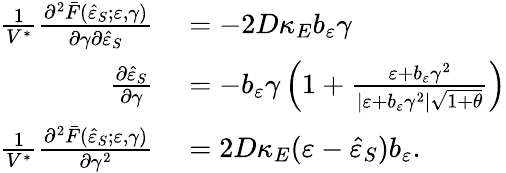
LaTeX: \begin{array}{rl}{\frac{1}{V^{\ast}}\frac{\partial^{2}\bar{F}(\hat{\varepsilon}_{S};\varepsilon,\gamma)}{\partial\gamma\partial\hat{\varepsilon}_{S}}}&{{}=-2D\kappa_{E}b_{\varepsilon}\gamma}\\ {\frac{\partial\hat{\varepsilon}_{S}}{\partial\gamma}}&{{}=-b_{\varepsilon}\gamma\left(1+\frac{\varepsilon+b_{\varepsilon}\gamma^{2}}{\vert\varepsilon+b_{\varepsilon}\gamma^{2}\vert\sqrt{1+\theta}}\right)}\\ {\frac{1}{V^{\ast}}\frac{\partial^{2}\bar{F}(\hat{\varepsilon}_{S};\varepsilon,\gamma)}{\partial\gamma^{2}}}&{{}=2D\kappa_{E}(\varepsilon-\hat{\varepsilon}_{S})b_{\varepsilon}.}\end{array}